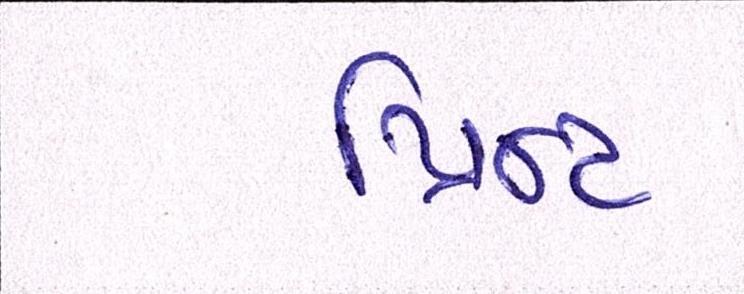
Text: પ્રિન્ટ